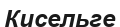
Кисельге